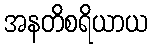
အနတိစရိယာယ